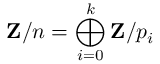
\mathbf { Z } / n = \bigoplus _ { i = 0 } ^ { k } \mathbf { Z } / p _ { i }